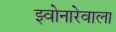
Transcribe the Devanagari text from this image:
झ्वोनारेवाला